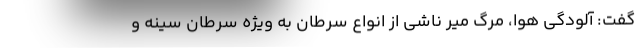
گفت: آلودگی هوا، مرگ میر ناشی از انواع سرطان به ویژه سرطان سینه و